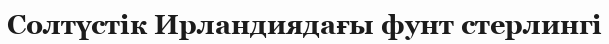
Солтүстік Ирландиядағы фунт стерлингі